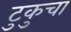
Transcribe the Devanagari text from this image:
टुकुचा